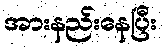
အားနည်းနေပြီး